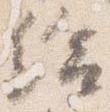
給